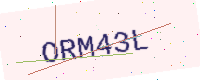
Text: ORM43L